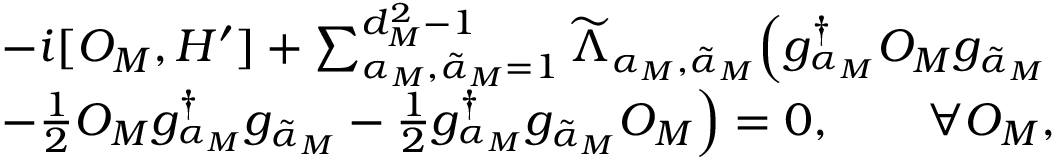
\begin{array} { r l } & { - i [ O _ { M } , H ^ { \prime } ] + \sum _ { \alpha _ { M } , { \tilde { \alpha } } _ { M } = 1 } ^ { d _ { M } ^ { 2 } - 1 } \widetilde { \Lambda } _ { \alpha _ { M } , { \tilde { \alpha } } _ { M } } \Big ( g _ { \alpha _ { M } } ^ { \dagger } O _ { M } g _ { { \tilde { \alpha } } _ { M } } } \\ & { - \frac { 1 } { 2 } O _ { M } g _ { \alpha _ { M } } ^ { \dagger } g _ { { \tilde { \alpha } } _ { M } } - \frac { 1 } { 2 } g _ { \alpha _ { M } } ^ { \dagger } g _ { { \tilde { \alpha } } _ { M } } O _ { M } \Big ) = 0 , \qquad \forall O _ { M } , } \end{array}